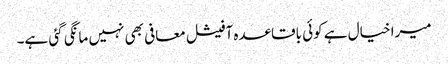
میرا خیال ہے کوئی باقاعدہ آفیشل معافی بھی نہیں مانگی گئی ہے۔